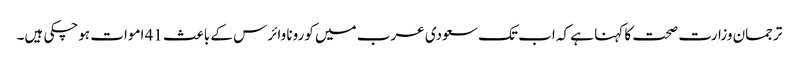
ترجمان وزارت صحت کا کہنا ہے کہ اب تک سعودی عرب میں کورونا وائرس کے باعث 41 اموات ہوچکی ہیں۔